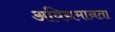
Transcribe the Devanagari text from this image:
अविद्यमानता